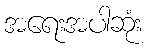
အရေးအပါဆုံး